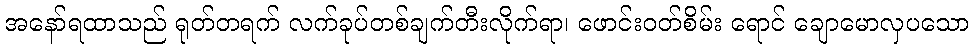
အနော်ရထာသည် ရုတ်တရက် လက်ခုပ်တစ်ချက်တီးလိုက်ရာ၊ ဖောင်းဝတ်စိမ်း ရောင် ချောမောလှပသော